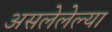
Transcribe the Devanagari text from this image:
असलेलेल्या